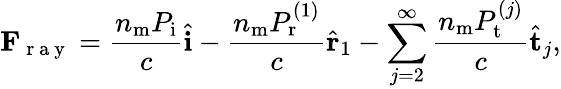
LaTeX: \mathbf{F}_{\mathrm{~r~a~y~}}=\frac{n_{\mathrm{m}}P_{\mathrm{i}}}{c}\hat{\mathbf{i}}-\frac{n_{\mathrm{m}}P_{\mathrm{r}}^{(1)}}{c}\hat{\mathbf{r}}_{1}-\sum_{j=2}^{\infty}\frac{n_{\mathrm{m}}P_{\mathrm{t}}^{(j)}}{c}\hat{\mathbf{t}}_{j},